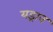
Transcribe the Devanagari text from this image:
यड्राव